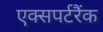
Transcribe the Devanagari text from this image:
एक्सपर्टरैंक